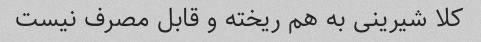
کلا شیرینی به هم ریخته و قابل مصرف نیست